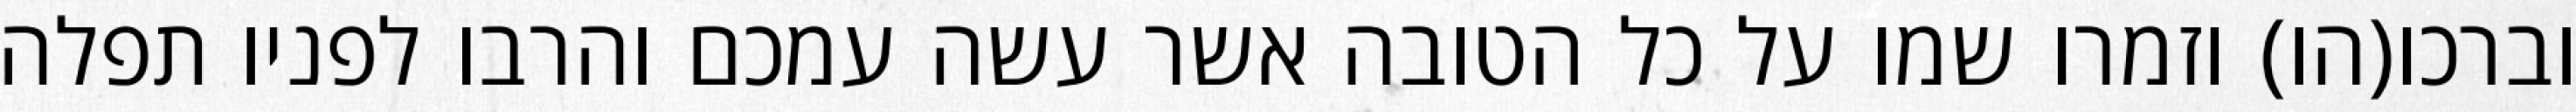
וברכו(הו) וזמרו שמו על כל הטובה אשר עשה עמכם והרבו לפניו תפלה